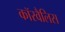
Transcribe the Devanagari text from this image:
कॉरवैलिस